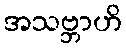
အသဗ္ဘာဟိ